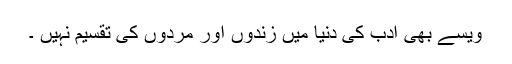
ویسے بھی ادب کی دنیا میں زندوں اور مُردوں کی تقسیم نہیں ۔